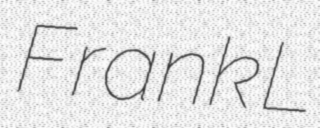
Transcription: Frank L